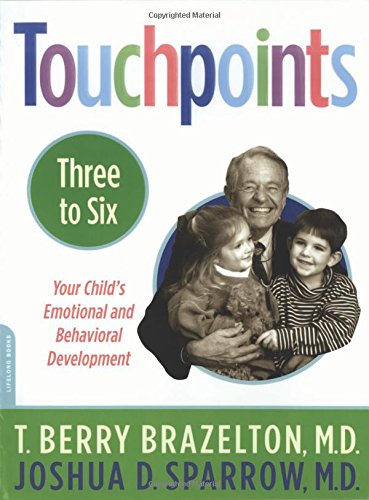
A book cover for Touchpoints 3 to 6; T. Berry Brazelton; Politics & Social Sciences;